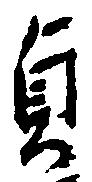
貞